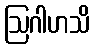
ဩဂါဟသိ